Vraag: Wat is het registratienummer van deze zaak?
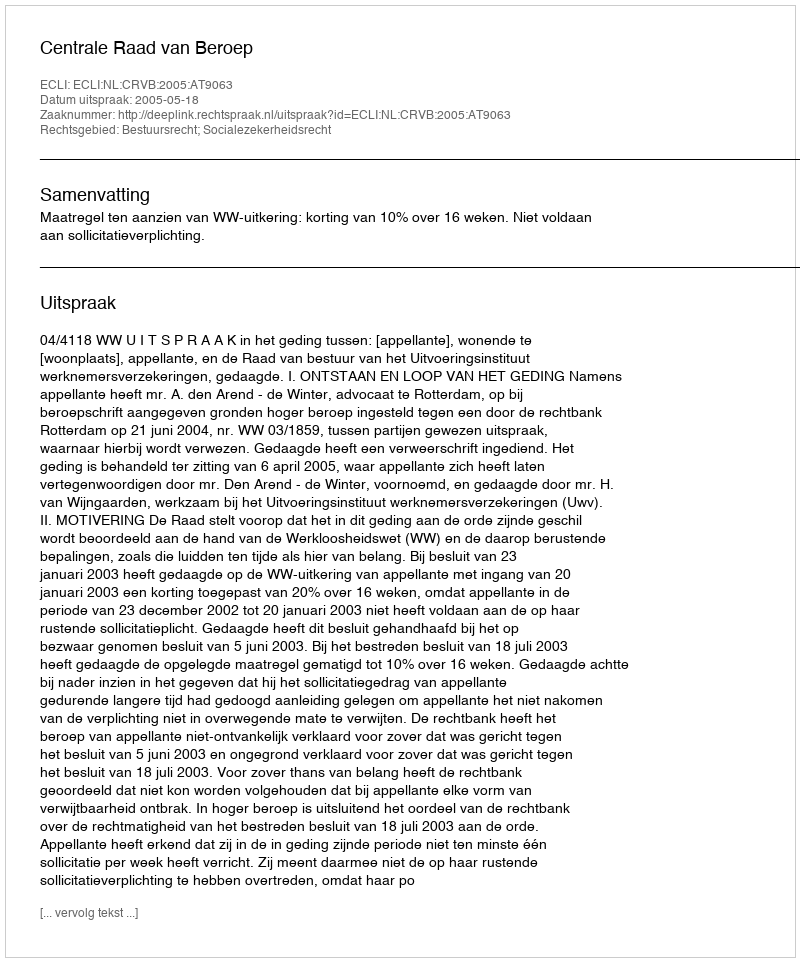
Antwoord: http://deeplink.rechtspraak.nl/uitspraak?id=ECLI:NL:CRVB:2005:AT9063